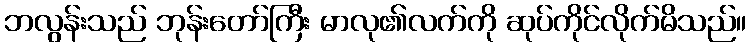
ဘလွန်းသည် ဘုန်းတော်ကြီး မာလု၏လက်ကို ဆုပ်ကိုင်လိုက်မိသည်။